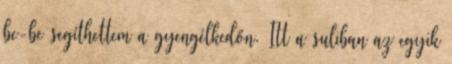
be-be segíthettem a gyengélkedőn. Itt a suliban az egyik